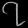
Digit: ၇